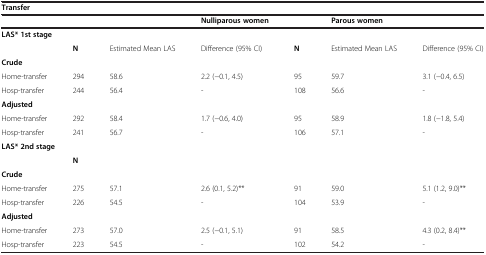
<table><thead><tr><td colspan="4"><b>Transfer</b></td><td><b> </b></td><td colspan="2"><b> </b></td></tr><tr><td><b> </b></td><td><b> </b></td><td><b> </b></td><td><b>Nulliparous women</b></td><td><b> </b></td><td colspan="2"><b>Parous women</b></td></tr></thead><tbody><tr><td colspan="2"><b>LAS* 1st stage</b></td><td> </td><td> </td><td> </td><td> </td><td> </td></tr><tr><td> </td><td><b>N</b></td><td>Estimated Mean LAS</td><td>Difference (95% CI)</td><td><b>N</b></td><td>Estimated Mean LAS</td><td>Difference (95% CI)</td></tr><tr><td><b>Crude</b></td><td> </td><td> </td><td> </td><td> </td><td> </td><td> </td></tr><tr><td>Home-transfer</td><td>294</td><td>58.6</td><td>2.2 (−0.1, 4.5)</td><td>95</td><td>59.7</td><td>3.1 (−0.4, 6.5)</td></tr><tr><td>Hosp-transfer</td><td>244</td><td>56.4</td><td>-</td><td>108</td><td>56.6</td><td>-</td></tr><tr><td><b>Adjusted</b></td><td> </td><td> </td><td> </td><td> </td><td> </td><td> </td></tr><tr><td>Home-transfer</td><td>292</td><td>58.4</td><td>1.7 (−0.6, 4.0)</td><td>95</td><td>58.9</td><td>1.8 (−1.8, 5.4)</td></tr><tr><td>Hosp-transfer</td><td>241</td><td>56.7</td><td>-</td><td>106</td><td>57.1</td><td>-</td></tr><tr><td colspan="2"><b>LAS* 2nd stage</b></td><td> </td><td> </td><td> </td><td> </td><td> </td></tr><tr><td> </td><td><b>N</b></td><td> </td><td> </td><td> </td><td> </td><td> </td></tr><tr><td><b>Crude</b></td><td> </td><td> </td><td> </td><td> </td><td> </td><td> </td></tr><tr><td>Home-transfer</td><td>275</td><td>57.1</td><td>2.6 (0.1, 5.2)**</td><td>91</td><td>59.0</td><td>5.1 (1.2, 9.0)**</td></tr><tr><td>Hosp-transfer</td><td>226</td><td>54.5</td><td>-</td><td>104</td><td>53.9</td><td>-</td></tr><tr><td><b>Adjusted</b></td><td> </td><td> </td><td> </td><td> </td><td> </td><td> </td></tr><tr><td>Home-transfer</td><td>273</td><td>57.0</td><td>2.5 (−0.1, 5.1)</td><td>91</td><td>58.5</td><td>4.3 (0.2, 8.4)**</td></tr><tr><td>Hosp-transfer</td><td>223</td><td>54.5</td><td>-</td><td>102</td><td>54.2</td><td>-</td></tr></tbody></table>